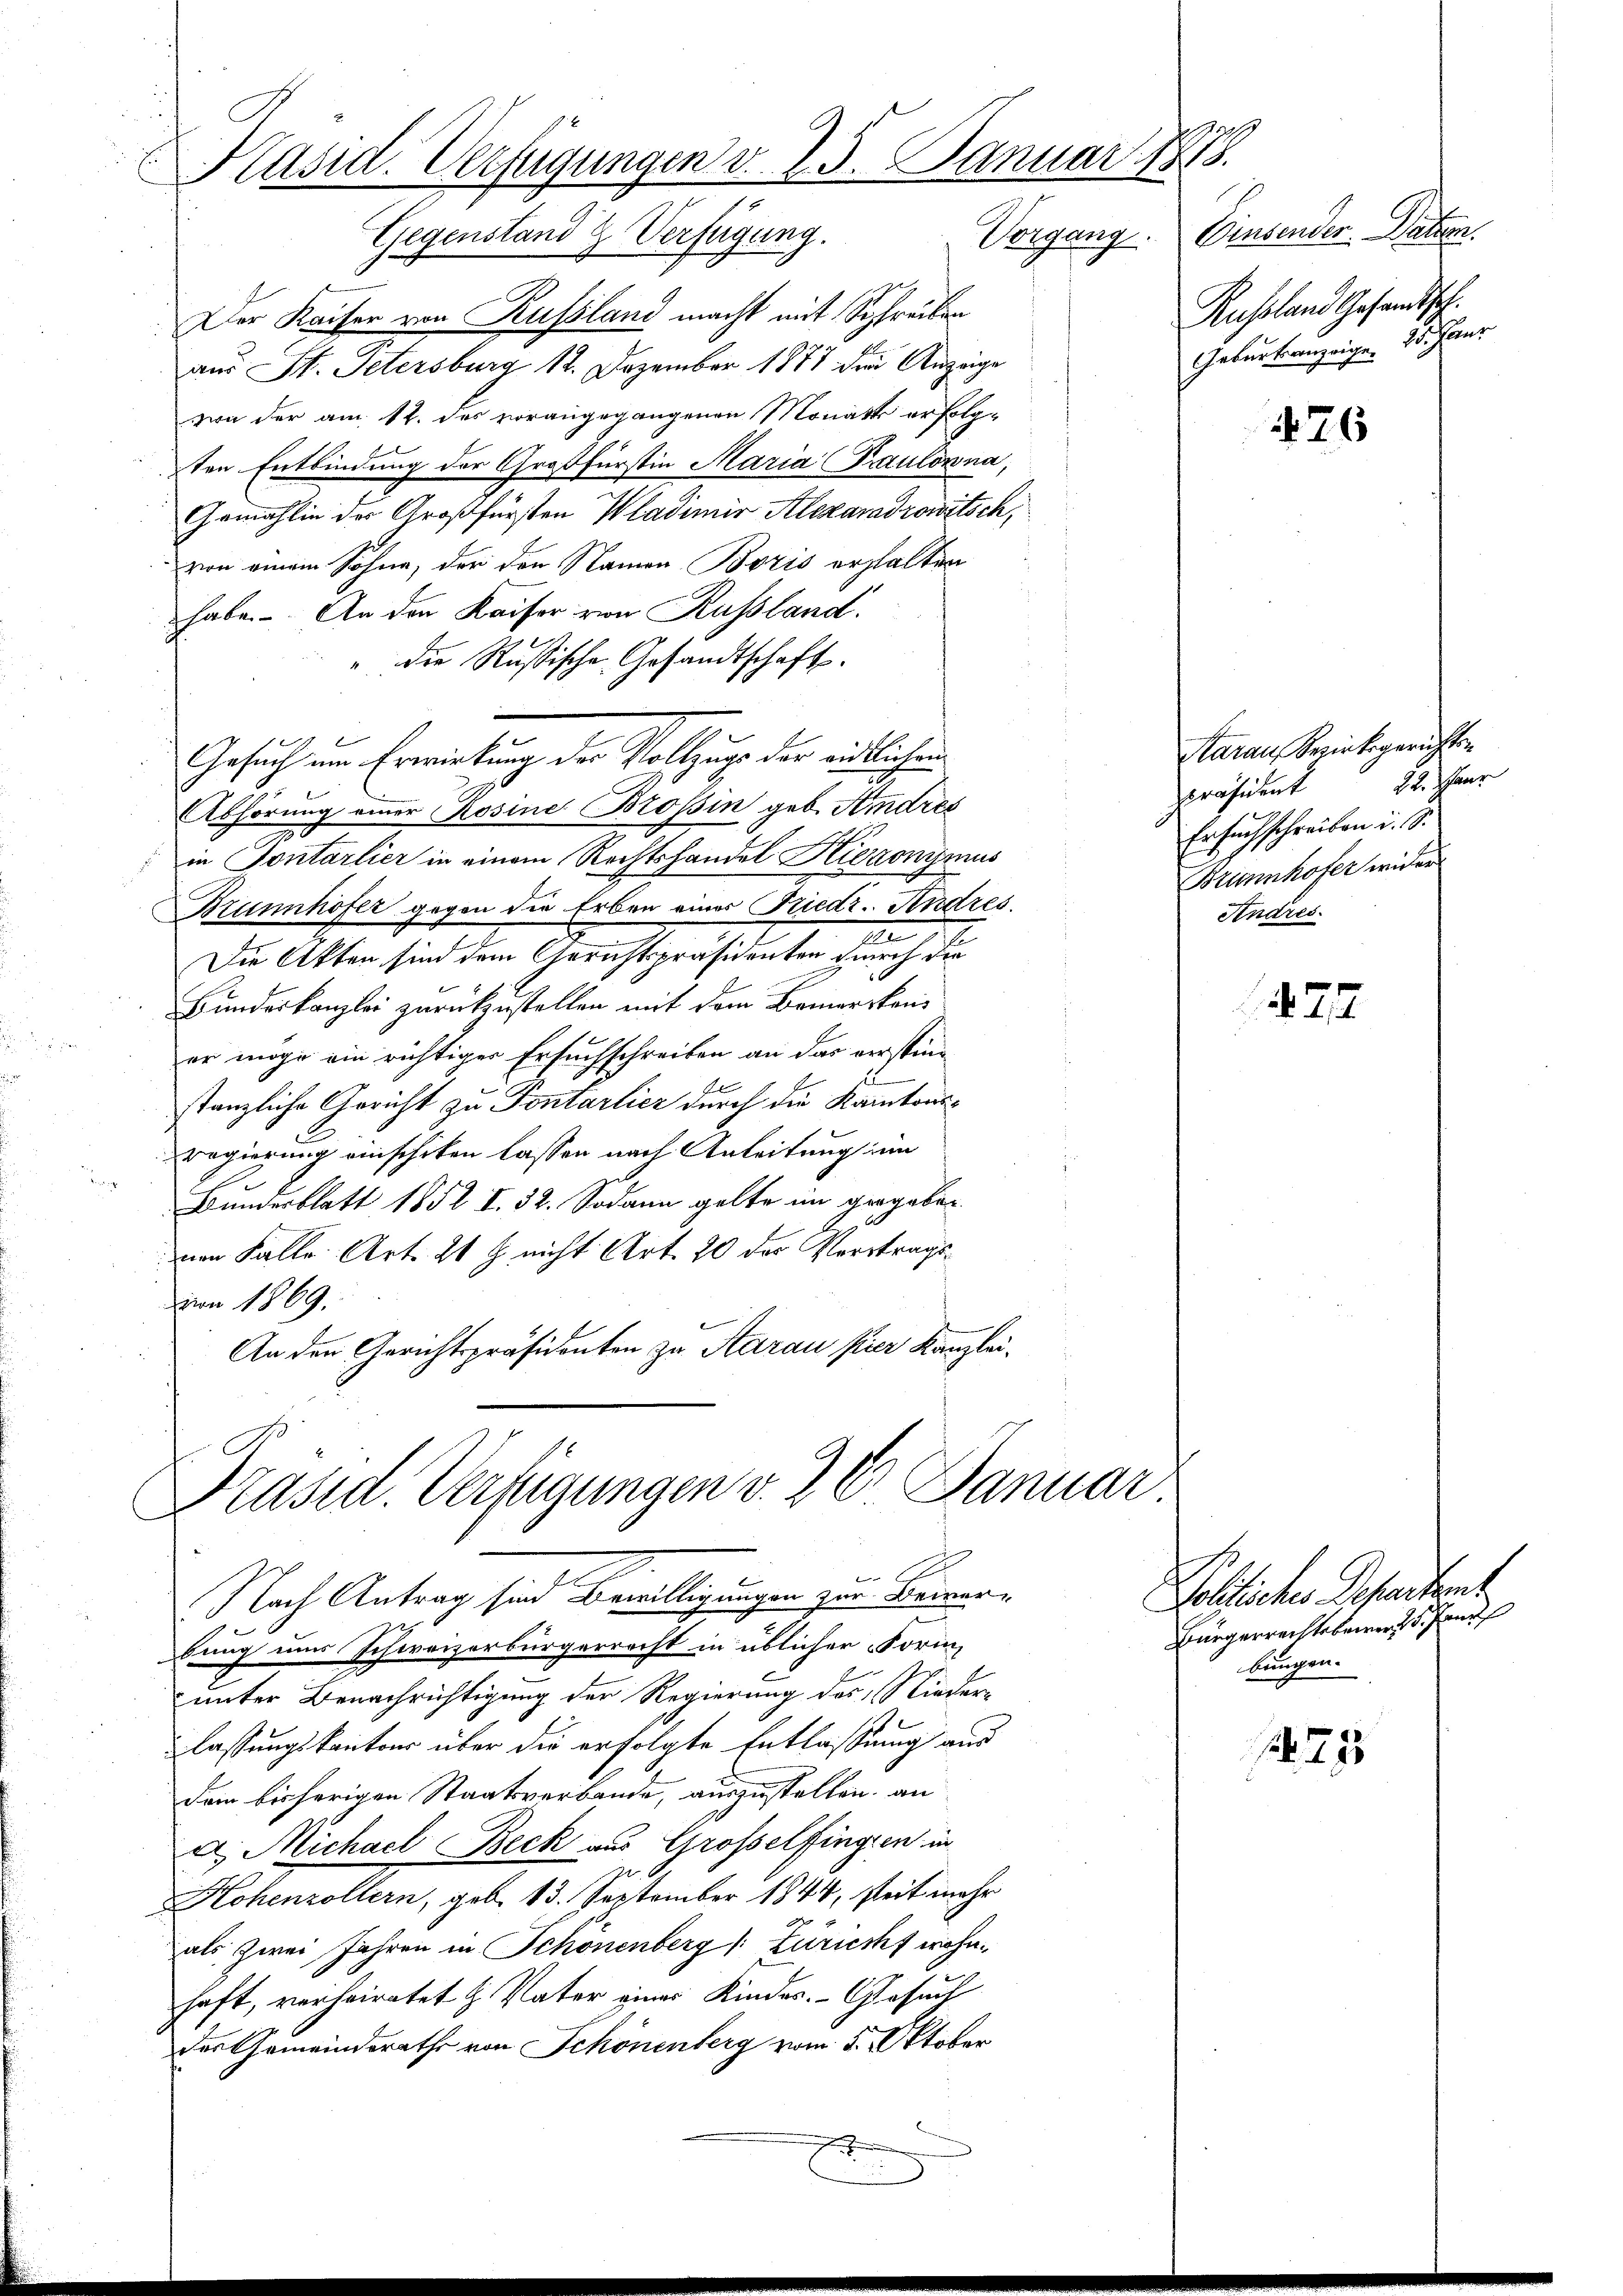
9
Präsid. Verfügungen v. 25. Januar 1818.
Gegenstand & Verfügung. Vorgang. Einsender Datum.

Der Kaiser von Russland macht mit Schreiben
aus St. Petersburg 12. Dezember 1877 der Anzeige
von der am 12. des vorangegangenen Monatt erfolg-
ten Entbindung der Großfürstin Maria Paulowna,
Gemahlin der Großfürsten Wladimir Alexandrowitsch,
von einem Sohne, der den Namen Boris erhalten
habe. An den Kaiser von Russland.
die Russische Gesandtschaft.
Abhörung einer Rosine Brossin geb. Andres
in Sontarlier in einem Rechtshandel Hieronymus
Brunnhöfer gegen die Erben einer Friedr. Andres.
Die Akten sind dem Gerichtspräsidenten durch die
Bundeskanzlei zurückzustellen mit dem Bemerkener möge ein richtiger Ersuchschreiben an das verstinstanzliche Gericht zu Pontarlier durch die Kantonsregierung einschiken lassen nach Anleitung im
Bunderblatt 1852 I. 32. Sodann gelte im gegeben
von Falle Art. 21 J. nicht Art. 20 des Vortragsvon 1869.
An den Gerichtspräsidenten zu Aarau pier Kanzlei-

Gesuch um Erwirkung der Vollzuge der eidlichen

Präsid. Verfügungen v. 26 Januar

Nach Antrag sind Bewilligungen zur Beiner-
bung nur Schweizerbürgerrecht in üblicher Form,
unter Benachrichtigung der Regierung des Nieder-
lassungskantons über die erfolgte Entlassung aus
Dein bisherigen Staatsverbande, auszustellen, an
u Michael Beck aus Großelfingen in
Hohenzollern, geb. 13. September 1844, seit mehr
als zwei Jahren in Schönenberg (Züricht wohnhaft, verheiratet H. Vater einer Kindes. Gesuch
des Gemeindsrathe von Schönenberg vom 5. Oktober

Russland Gesandtsch.
Geburtsanzeigen 25. Janz

76

Aarau Bezirksgerichten
Präsident 22. Paur
Ersuchschreiben i. S.
Brunnhofer wider
Andres.

17

Voltischen Departens
Bürgerrechtsberen S. Pand
bungen.

25